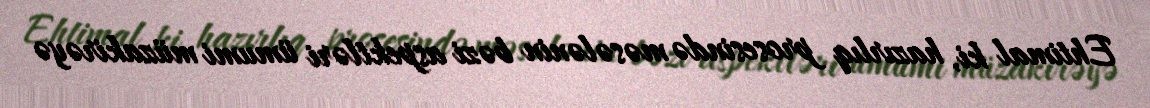
Ehtimal ki, hazırlıq prosesində məsələnin bəzi aspektləri ümumi müzakirəyə